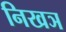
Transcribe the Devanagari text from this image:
निखञ